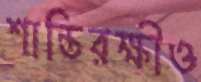
শান্তিরক্ষীও